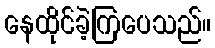
နေထိုင်ခဲ့ကြပေသည်။